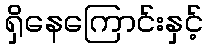
ရှိနေကြောင်းနှင့်